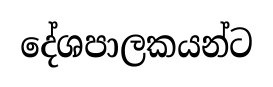
දේශපාලකයන්ට